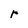
Character: r